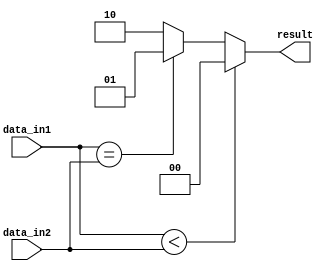
module Serial_Comparator(
    input wire [7:0] data_in1,
    input wire [7:0] data_in2,
    output wire [1:0] result // 00 - data_in1 < data_in2, 01 - data_in1 = data_in2, 10 - data_in1 > data_in2
);

assign result = (data_in1 < data_in2) ? 2'b00 :
                (data_in1 == data_in2) ? 2'b01 :
                2'b10;

endmodule